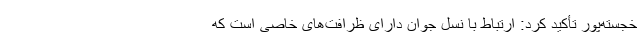
خجسته‌پور تأکید کرد: ارتباط با نسل جوان دارای ظرافت‌های خاصی است که